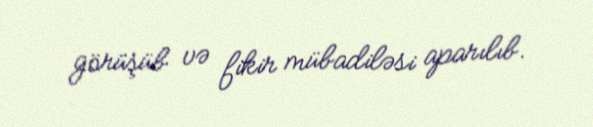
görüşüb və fikir mübadiləsi aparılıb.